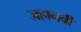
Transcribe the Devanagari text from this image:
जहानवी